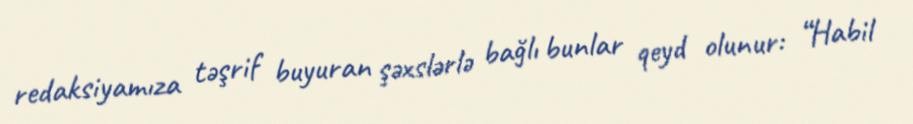
redaksiyamıza təşrif buyuran şəxslərlə bağlı bunlar qeyd olunur: “Habil